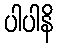
ပါပါနိ